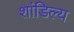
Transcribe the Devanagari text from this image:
शांडिल्‍य